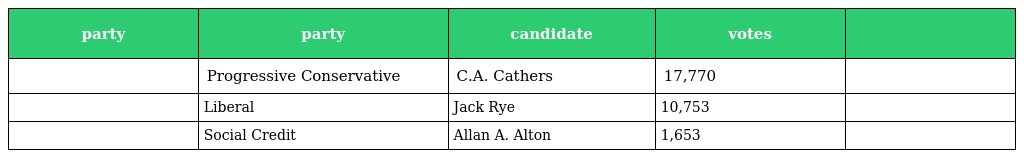
| party | party | candidate | votes |  |
 | --- | --- | --- | --- | --- |
 |  | Progressive Conservative | C.A. Cathers | 17,770 |  |
 |  | Liberal | Jack Rye | 10,753 |  |
 |  | Social Credit | Allan A. Alton | 1,653 |  |